Report of the Indian Hemp Drugs Commission, 1894-1895 - Volume IV
Year: 1894
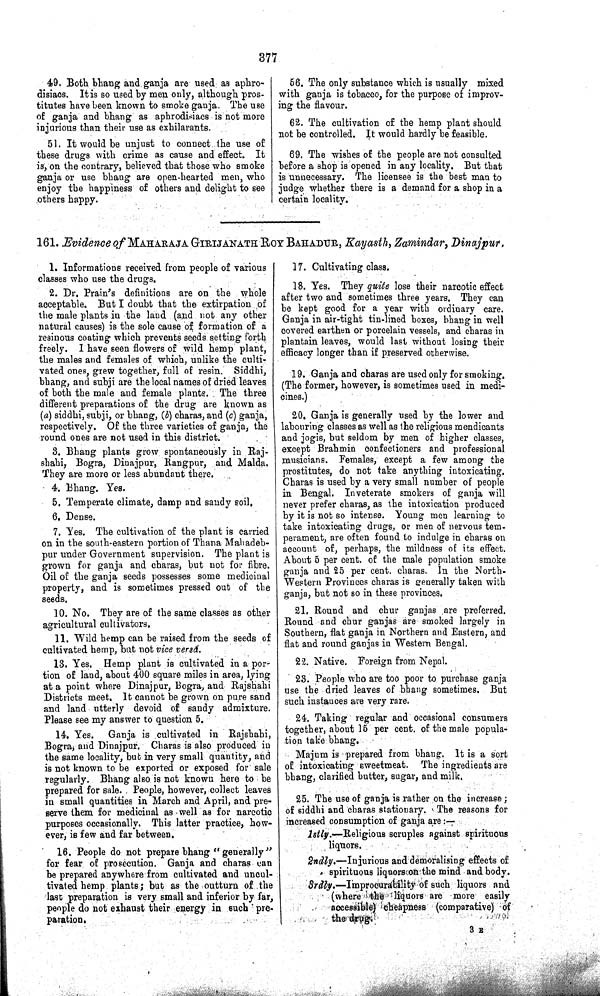
377
49. Both bhang and, ganja are used as aphro-
disiacs. It is so used by men only, although pros-
titutes have been known to smoke ganja. The use
of ganja and bhang as aphrodisiacs is not more
injurious than their use as exhilarants.
51. It would be unjust to connect the use of
these drugs with crime as cause and effect. It
is, on the contrary, believed that those who smoke
ganja or use bhang are open-hearted men, who
enjoy the happiness of others and delight to see
others happy.
56. The only substance which is usually mixed
with ganja is tobacco, for the purpose of improv-
ing the flavour.
62. The cultivation of the hemp plant should
not be controlled. It would hardly be feasible.
69. The wishes of the people are not consulted
before a shop is opened in any locality. But that
is unnecessary. The licensee is the best man to
judge whether there is a demand for a shop in a
certain locality.
161. Evidence of MAHARAJA GIRIJANATH ROY BAHADUR, Kayasth, Zamindar, Dinajpur.
1. Informations received from people of various
classes who use the drugs.
2. Dr. Prain's definitions are on the whole
acceptable. But I doubt that the extirpation of
the male plants in the laud (and not any other
natural causes) is the sole cause of formation of a
resinous coating which prevents seeds setting forth
freely. I have seen flowers of wild hemp plant,
the males and females of which, unlike the culti-
vated ones, grew together, full of resin. Siddhi,
bhang, and subji are the local names of dried leaves
of both the male and female plants. The three
different preparations of the drug are known as
(a) siddhi, subji, or bhang, (b) charas, and (c) ganja,
respectively. Of the three varieties of ganja, the
round ones are not used in this district.
3. Bhang plants grow spontaneously in Raj-
shahi, Bogra, Dinajpur, Rangpur, and Malda.
They are more or less abundant there.
4. Bhang. Yes.
5. Temperate climate, damp and sandy soil.
6. Dense.
7. Yes. The cultivation of the plant is carried
on in the south-eastern portion of Thana Mahadeb-
pur under Government supervision. The plant is
grown for ganja and charas, but not for fibre.
Oil of the ganja seeds possesses some medicinal
property, and is sometimes pressed out of the
seeds.
10. No. They are of the same classes as other
agricultural cultivators.
11. Wild hemp can be raised from the seeds of
cultivated hemp, but not vice versá.
13. Yes. Hemp plant is cultivated in a por-
tion of land, about 400 square miles in area, lying
at a point where Dinajpur, Bogra, and Rajshahi
Districts meet. It cannot be grown on pure sand
and land utterly devoid of sandy admixture.
Please see my answer to question 5.
14. Yes. Ganja is cultivated in Rajshahi,
Bogra, and Dinajpur. Charas is also produced in
the same locality, but in very small quantity, and
is not known to be exported or exposed for sale
regularly. Bhang also is not known here to be
prepared for sale. People, however, collect leaves
in small quantities in March and April, and pre-
serve them for medicinal as well as for narcotic
purposes occasionally. This latter practice, how-
ever, is few and far between.
16. People do not prepare bhang "generally"
for fear of prosecution. Ganja and charas can
be prepared anywhere from cultivated and uncul-
tivated hemp plants; but as the outturn of the
last preparation is very small and inferior by far,
people do not exhaust their energy in such pre-
paration.
17. Cultivating class,
18. Yes. They quite lose their narcotic effect
after two and sometimes three years. They can
be kept good for a year with ordinary care.
Ganja in air-tight tin-lined boxes, bhang in well
covered earthen or porcelain vessels, and charas in
plantain leaves, would last without losing their
efficacy longer than if preserved otherwise.
19. Ganja and charas are used only for smoking.
(The former, however, is sometimes used in medi-
cines.)
20. Ganja is generally used by the lower and
labouring classes as well as the religious mendicants
and jogis, but seldom by men of higher classes,
except Brahmin confectioners and professional
musicians. Females, except a few among the
prostitutes, do not take anything intoxicating.
Charas is used by a very small number of people
in Bengal. Inveterate smokers of ganja will
never prefer charas, as the intoxication produced
by it is not so intense. Young men learning to
take intoxicating drugs, or men of nervous tem-
perament, are often found to indulge in charas on
account of, perhaps, the mildness of its effect.
About 5 per cent. of the male population smoke
ganja and 25 per cent. charas. In the North-
Western Provinces charas is generally taken with
ganja, but not so in these provinces.
21. Round and chur ganjas are preferred.
Round and chur ganjas are smoked largely in
Southern, flat ganja in Northern and Eastern, and
flat and round ganjas in Western Bengal.
22. Native. Foreign from Nepal.
23. People who are too poor to purchase ganja
use the dried leaves of bhang sometimes. But
such instances are very rare.
24. Taking regular and occasional consumers
together, about 15 per cent. of the male popula-
tion take bhang.
Majum is prepared from bhang. It is a sort
of intoxicating sweetmeat. The ingredients are
bhang, clarified butter, sugar, and milk.
25. The use of ganja is rather on the increase;
of siddhi and charas stationary. The reasons for
increased consumption of ganja
are:—
1stly.—Religious scruples against spirituous
liquors.
2ndly.—Injurious and demoralising effects of
spirituous liquors on the mind and body.
3rdly.—Improcurability of such liquors and
(where the liquors are more easily
accessible)
cheapness (comparative) of
the drug.
3 E